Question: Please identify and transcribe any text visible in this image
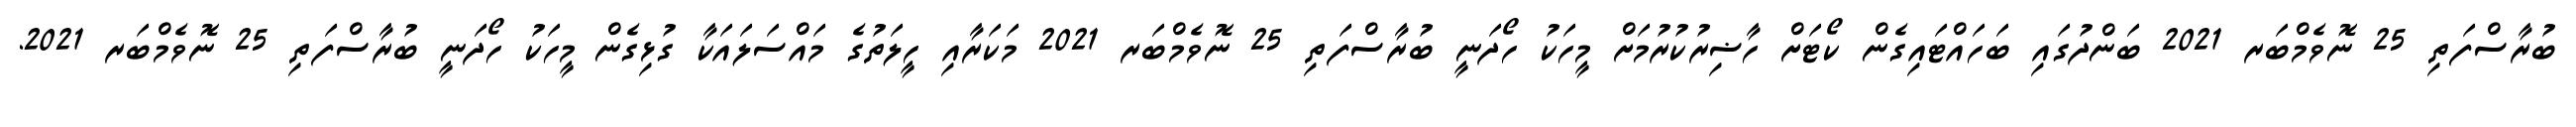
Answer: ބުރާސްފަތި 25 ނޮވެމްބަރ 2021 ބަންދުގައި ބަހައްޓައިގެން ކޯޓަށް ހާޟިރުކުރުމަށް މީހަކު ހޯދަނީ ބުރާސްފަތި 25 ނޮވެމްބަރ 2021 މަކަރާއި ހީލަތުގެ މައްސަލައަކާ ގުޅިގެން މީހަކު ހޯދަނީ ބުރާސްފަތި 25 ނޮވެމްބަރ 2021.